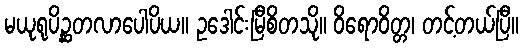
မယုရုပိဉ္ဆတလာပေါပိယ။ ဥဒေါင်းမြီစိတသို။ ဝိရောဝိတ္တ၊ တင့်တယ်ပြီ။